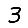
Digit: 3